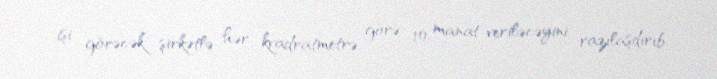
işi görəcək şirkətlə hər kvadratmetrə görə 10 manat veriləcəyini razılaşdırıb.